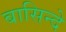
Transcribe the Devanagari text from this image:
बासिन्दे